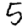
Digit: 5